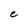
Character: e